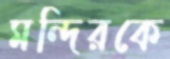
মন্দিরকে